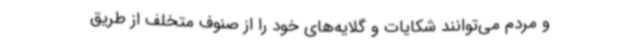
و مردم می‌توانند شکایات و گلایه‌های خود را از صنوف متخلف از طریق